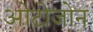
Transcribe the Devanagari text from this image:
ओटोजोन